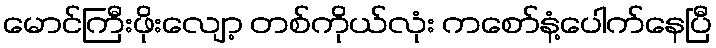
မောင်ကြီးဖိုးလျော့ တစ်ကိုယ်လုံး ကစော်နံ့ပေါက်နေပြီ